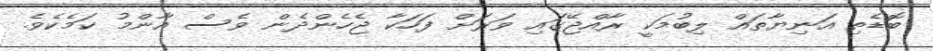
ބޮޑެތި އަނިޔާތައް ލިބުމަކީ ރާއްޖޭގައި ވަރަށް ފަހަކާ ޖެހެންދެން ވެސް އާންމު ކަމެކެވެ.